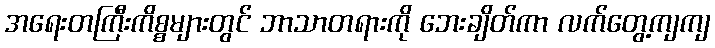
အရေးတကြီးကိစ္စများတွင် ဘာသာတရားကို ဘေးချိတ်ကာ လက်တွေ့ကျကျ